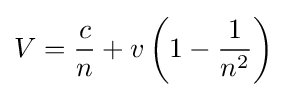
V={\frac {c}{n}}+v\left(1-{\frac {1}{n^{2}}}\right)